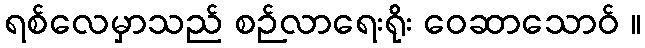
ရစ်လေမှာသည် စဉ်လာရေးရိုး ဝေဆာသောဝ် ။